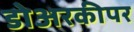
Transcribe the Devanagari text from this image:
डोअरकीपर